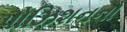
પોઝિશનનો